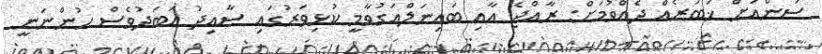
ސަންއަށް ޚަބަރެއް ދެއްވުމަށް: ރާއްޖެ އާއި ބައިނަލްއަގުވާމީ ކުޅިވަރުގައި ސާއިދު އަބަދުވެސް ހުންނަނީ